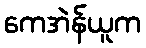
ကေအဲန်ယူက